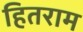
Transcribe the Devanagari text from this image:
हितराम